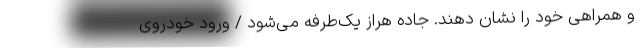
و همراهی خود را نشان دهند. جاده هراز یک‌طرفه می‌شود / ورود خودروی